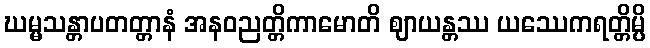
ဃမ္မသန္တာပတတ္တာနံ အနဝညတ္တိကာမောတိ ဈာယန္တဿ ယဿေကရတ္တိမ္ပိ